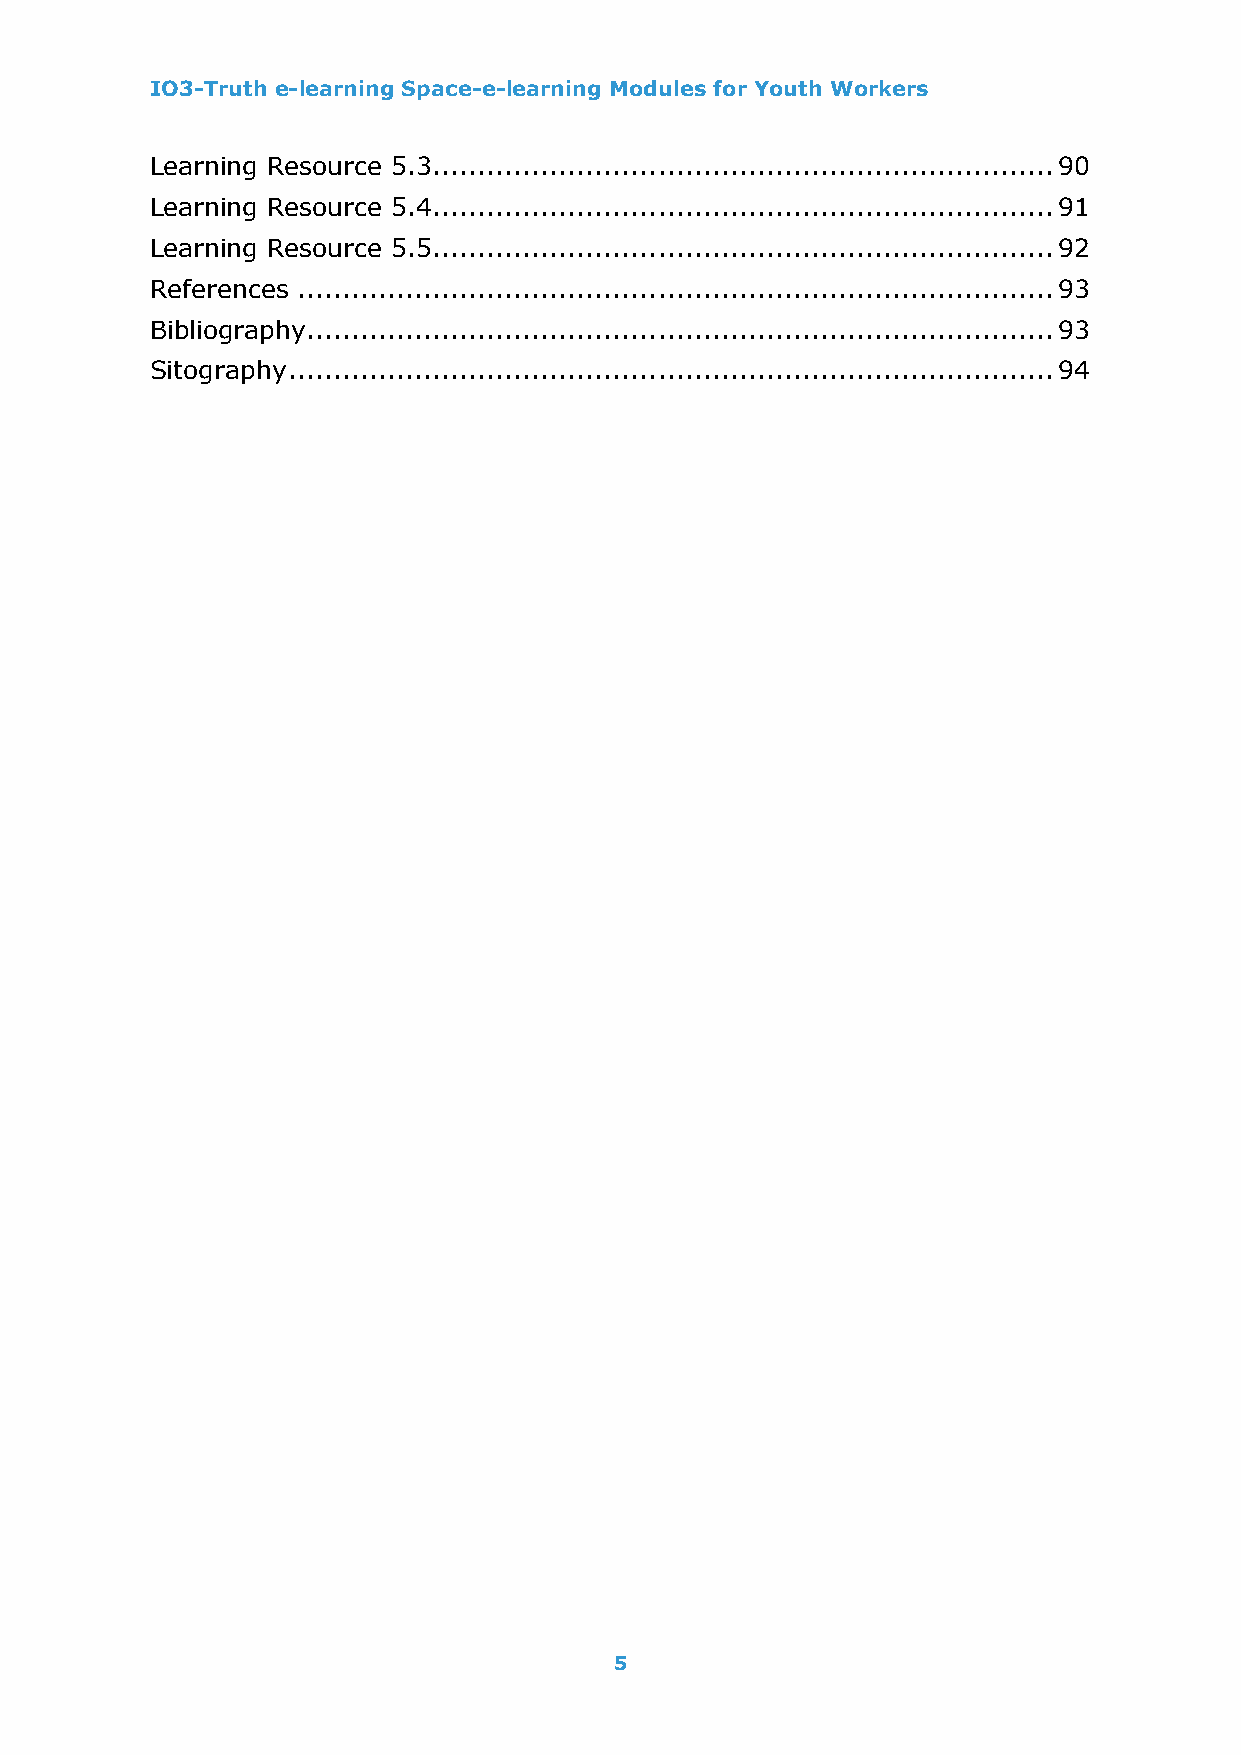
IO3-Truth e-learning Space-e-learning Modules for Youth Workers
 Learning Resource 5.3..................................................................... 90
 Learning Resource 5.4..................................................................... 91
 Learning Resource 5.5..................................................................... 92
 References .................................................................................... 93
 Bibliography................................................................................... 93
 Sitography ..................................................................................... 94
 5